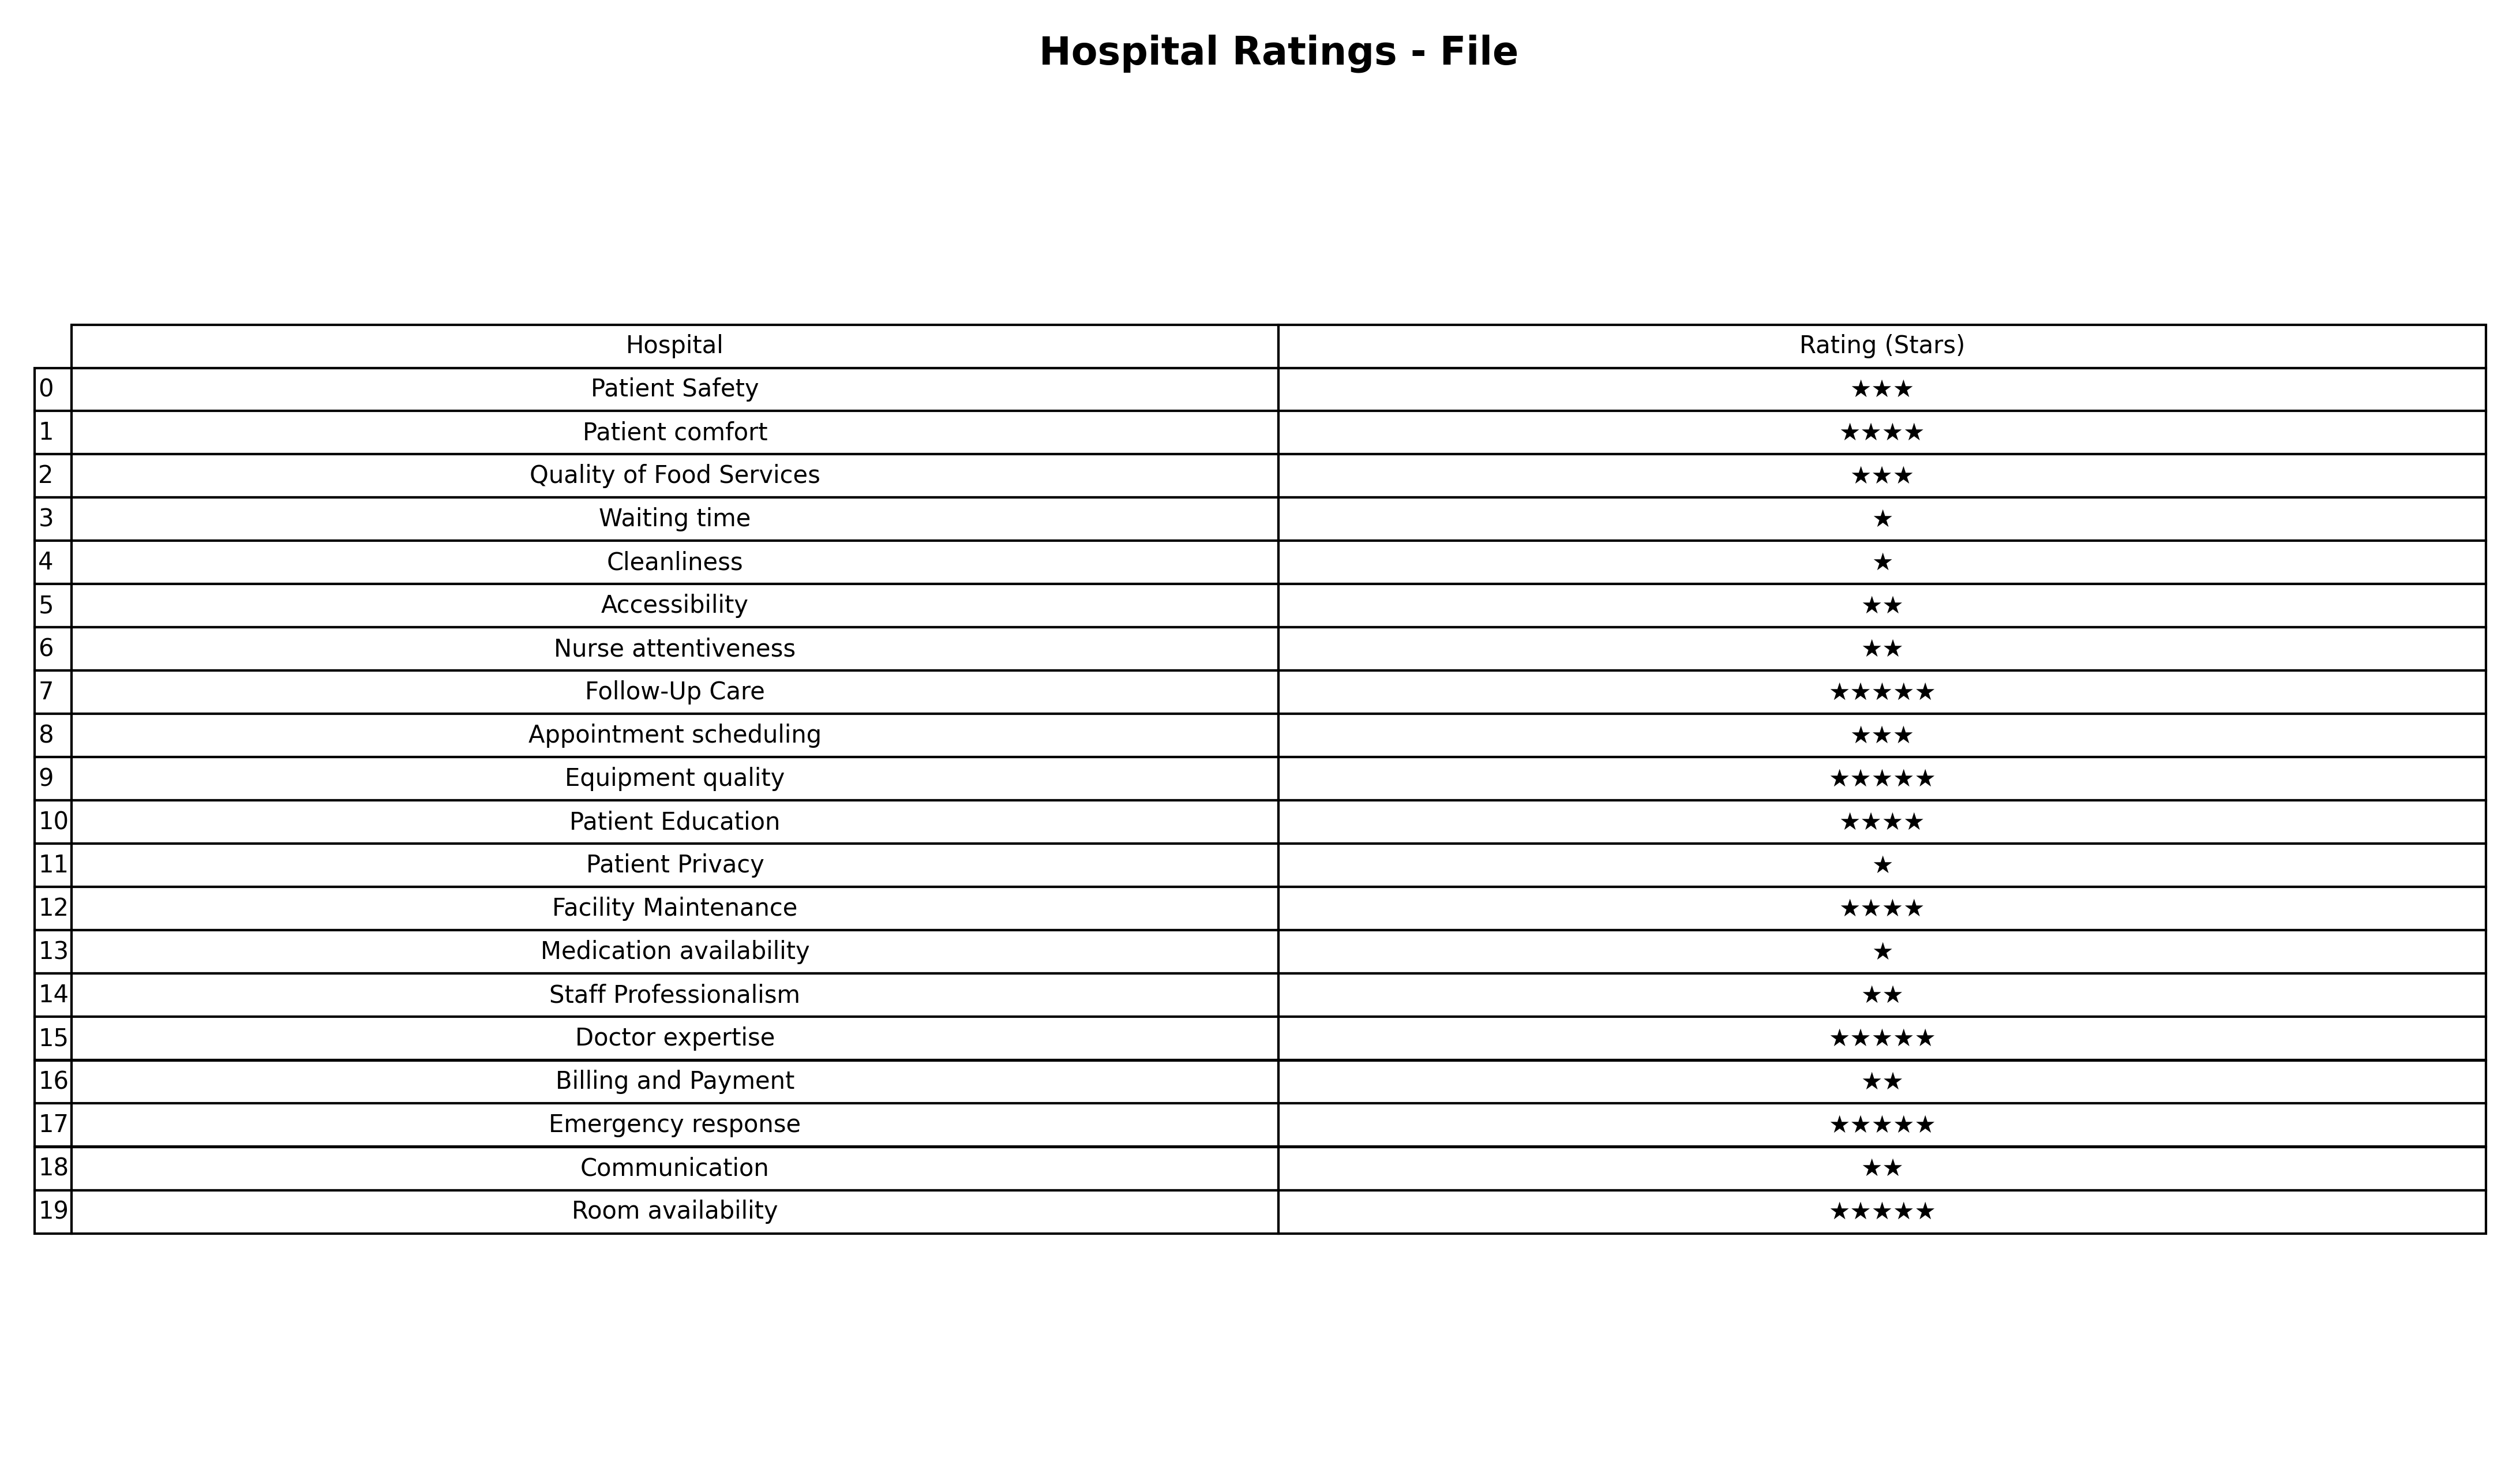
question: What is the rating of Doctor expertise?
answer: ★★★★★